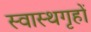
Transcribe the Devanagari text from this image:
स्वास्थगृहों